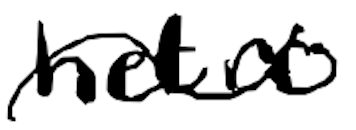
Text: hetero-
Cross-out: wave
Writing tool: digital_black